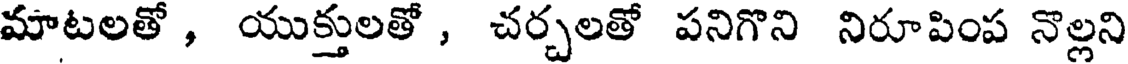
మాటలతో , యుక్తులతో , చర్చలతో పనిగొని నిరూపింప నొల్లని